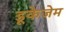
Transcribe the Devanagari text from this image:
डूकेजेम